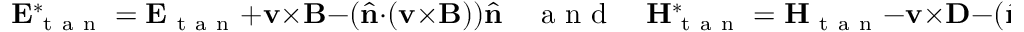
\mathbf { E } _ { \mathrm { ~ t ~ a ~ n ~ } } ^ { * } = \mathbf { E } _ { \mathrm { ~ t ~ a ~ n ~ } } + \mathbf { v } \times \mathbf { B } - ( \hat { \mathbf { n } } \cdot ( \mathbf { v } \times \mathbf { B } ) ) \hat { \mathbf { n } } \quad \mathrm { ~ a ~ n ~ d ~ } \quad \mathbf { H } _ { \mathrm { ~ t ~ a ~ n ~ } } ^ { * } = \mathbf { H } _ { \mathrm { ~ t ~ a ~ n ~ } } - \mathbf { v } \times \mathbf { D } - ( \hat { \mathbf { n } } \cdot ( \mathbf { v } \times \mathbf { D } ) ) \hat { \mathbf { n } } ,